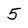
Character: 5